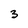
Character: 3